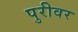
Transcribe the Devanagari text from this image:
पुरीवर